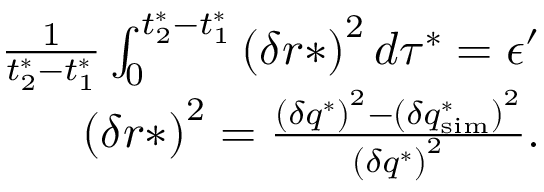
\begin{array} { r } { \frac { 1 } { t _ { 2 } ^ { * } - t _ { 1 } ^ { * } } \int _ { 0 } ^ { t _ { 2 } ^ { * } - t _ { 1 } ^ { * } } \left( \delta r * \right) ^ { 2 } d \tau ^ { * } = \epsilon ^ { \prime } } \\ { \left( \delta r * \right) ^ { 2 } = \frac { \left( \delta q ^ { * } \right) ^ { 2 } - \left( \delta q _ { \mathrm { s i m } } ^ { * } \right) ^ { 2 } } { \left( \delta q ^ { * } \right) ^ { 2 } } . } \end{array}